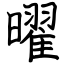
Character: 曜